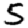
Digit: 5